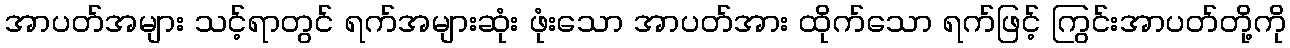
အာပတ်အများ သင့်ရာတွင် ရက်အများဆုံး ဖုံးသော အာပတ်အား ထိုက်သော ရက်ဖြင့် ကြွင်းအာပတ်တို့ကို